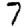
Digit: 7